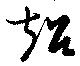
超